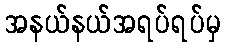
အနယ်နယ်အရပ်ရပ်မှ